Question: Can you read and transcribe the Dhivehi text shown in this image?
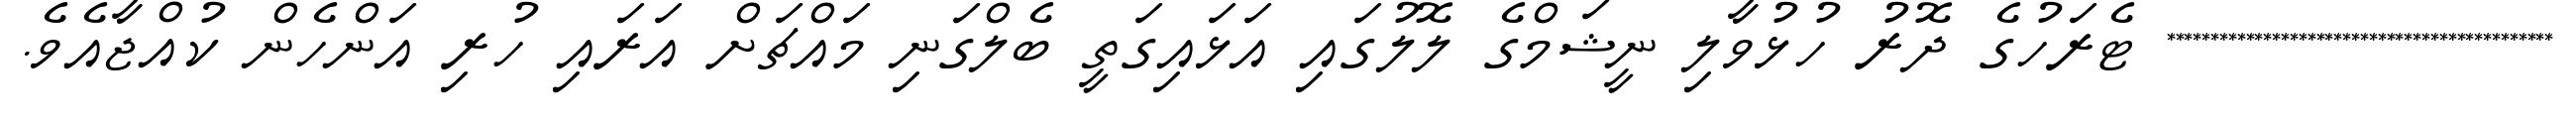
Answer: ******************************************** ޓެރަހުގެ ދޮރު ހުޅުވާލި ނީޝަމްގެ ލޮލުގައި އަޅައިގަތީ ބެލްގަނި މައްޗަށް އަރައި ހުރި އަންހެން ކުއްޖާއެވެ.